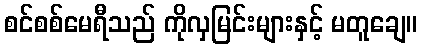
စင်စစ်မေရီသည် ကိုလှမြင်းများနှင့် မတူချေ။